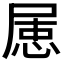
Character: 𡲦